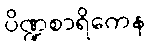
ပိဏ္ဍစာရိကေန